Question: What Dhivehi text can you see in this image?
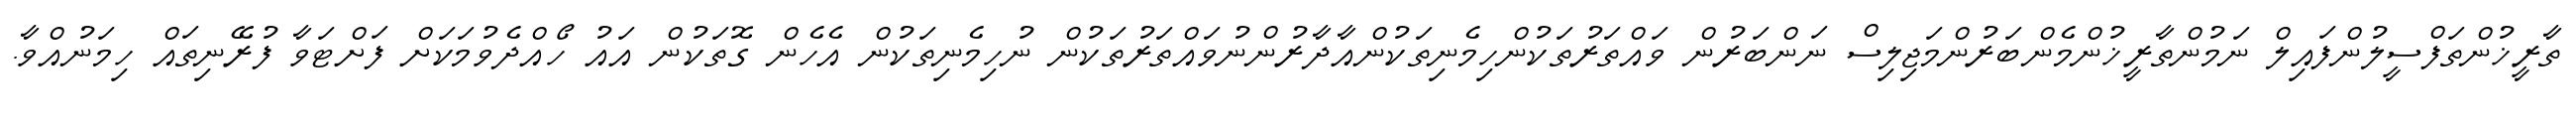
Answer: ތާރީޚުންތަފްސީލުންފައިލް ނަމުންތާރީޚުންމެންބަރުންމަޖިލިސް ނަންބަރުން ވައްތަރުތަކުންހިމެނިތަކުންއާދާރުންނުވައްތަރުތަކުން ނުހިމެނިތަކުން އެހެން ގޮތަކުން އައު ހޯއްދެވުމަކަށް ފަށްޓަވާ ފުރޭނިތައް ހިމަނުއްވާ.